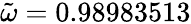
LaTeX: \tilde{\omega}=0.98983513